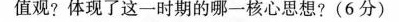
值观？体现了这一时期的哪一核心思想？（ 6分）